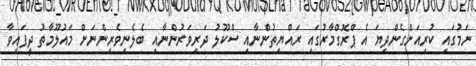
ނަމުގައި ކުރިއަށްގެންދިޔަ އެ ޕްރޮގްމާރުގައި ރައްޔިތުންނާއި ސްކޫލު ދަރިވަރުންނާއި ބެލެނިވެރިންނަށް މައުލޫމާތު ދީފައިވާ